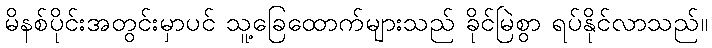
မိနစ်ပိုင်းအတွင်းမှာပင် သူ့ခြေထောက်များသည် ခိုင်မြဲစွာ ရပ်နိုင်လာသည်။